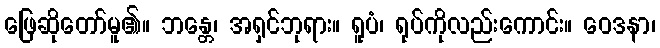
ဖြေဆိုတော်မူ၏။ ဘန္တေ၊ အရှင်ဘုရား။ ရူပံ၊ ရုပ်ကိုလည်းကောင်း။ ဝေဒနာ၊